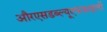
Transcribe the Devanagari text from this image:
औरएसडब्ल्यूएफफाइलों